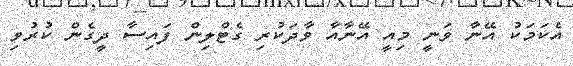
އެކަމަކު އޭނާ ވަނީ މިއީ އޭނާއާ ވާދަކުރި ގެޓްލިން ފައިސާ ދީގެން ކުރުވި